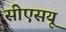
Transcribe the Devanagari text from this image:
सीएसयू